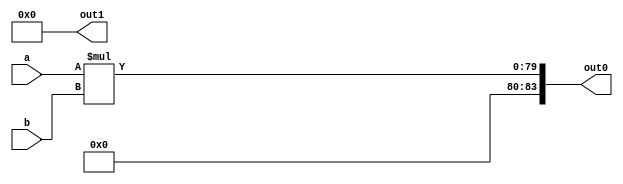
/*Copyright 2020-2021 T-Head Semiconductor Co., Ltd.

Licensed under the Apache License, Version 2.0 (the "License");
you may not use this file except in compliance with the License.
You may obtain a copy of the License at

    http://www.apache.org/licenses/LICENSE-2.0

Unless required by applicable law or agreed to in writing, software
distributed under the License is distributed on an "AS IS" BASIS,
WITHOUT WARRANTIES OR CONDITIONS OF ANY KIND, either express or implied.
See the License for the specific language governing permissions and
limitations under the License.
*/
module aq_vfmau_multiplier_53x27_partial(
  a,
  b,
  out0,
  out1
);

// &Ports; @21
input   [52:0]  a;             
input   [26:0]  b;             
output  [83:0]  out0;          
output  [83:0]  out1;          

// &Regs; @22

// &Wires; @23
wire    [52:0]  a;             
wire    [26:0]  b;             
wire    [83:0]  out0;          
wire    [83:0]  out1;          


parameter SRC0_WIDTH = 54;
parameter SRC1_WIDTH = 28;
parameter DST_WIDTH  = 82;

assign out0 = a * b;
assign out1 = 84'd0;

// &ModuleEnd; @262
endmodule